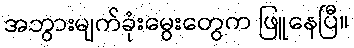
အဘွားမျက်ခုံးမွေးတွေက ဖြူနေပြီ။